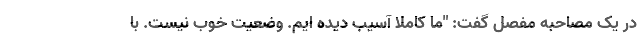
در یک مصاحبه مفصل گفت: "ما کاملا آسیب دیده ایم. وضعیت خوب نیست. با